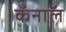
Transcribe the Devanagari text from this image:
कॅनाॅल